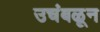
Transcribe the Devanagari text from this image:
उचंबळून